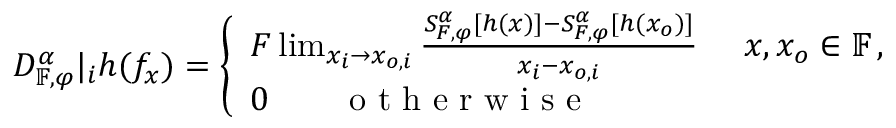
D _ { \mathbb { F } , \varphi } ^ { \alpha } | _ { i } h ( f _ { x } ) = \left\{ \begin{array} { l l } { F \operatorname* { l i m } _ { x _ { i } \rightarrow x _ { o , i } } \frac { S _ { F , \varphi } ^ { \alpha } [ h ( x ) ] - S _ { F , \varphi } ^ { \alpha } [ h ( x _ { o } ) ] } { x _ { i } - x _ { o , i } } ~ ~ ~ ~ x , x _ { o } \in \mathbb { F } \, , } \\ { 0 \qquad \textrm { o t h e r w i s e } } \end{array} \right.